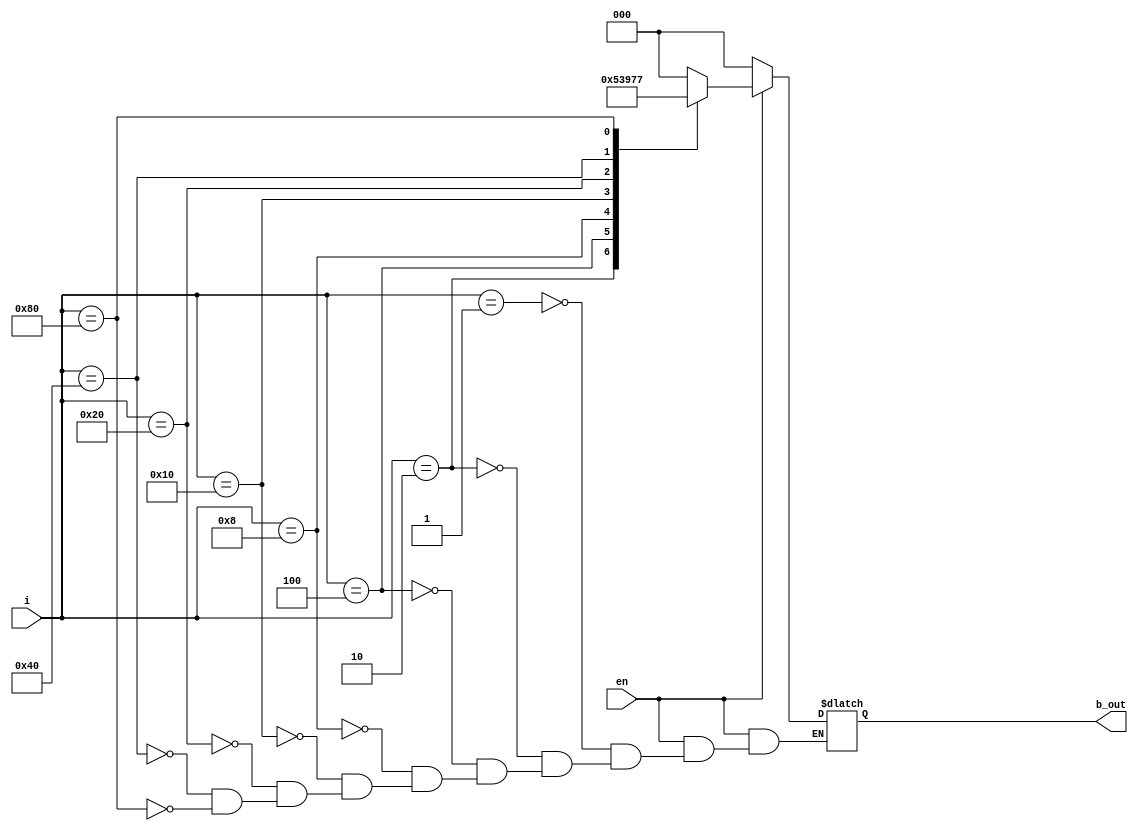
`timescale 1ns / 1ps
module encoder_8x3_wo_priority(b_out,i,en);
output reg[2:0]b_out;
input [7:0]i;
input en;
always @(*)
begin
if(!en)
b_out=3'b000;
else
case(i)
8'b00000001: b_out=3'b000;
8'b00000010: b_out=3'b001;
8'b00000100: b_out=3'b010;
8'b00001000: b_out=3'b011;
8'b00010000: b_out=3'b100;
8'b00100000: b_out=3'b101;
8'b01000000: b_out=3'b110;
8'b10000000: b_out=3'b111;
endcase
end
endmodule